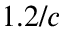
1 . 2 / c